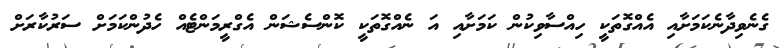
ގެނެވިދާނެކަމަށާއި އެއްގޮތަކީ ހިއްސާވިކުން ކަމަށާއި އަ ނެއްގޮތަކީ ކޮންސެޝަން އެގްރީމަންޓެއް ހެދުންކަމަށް ސަރުކާރަށް